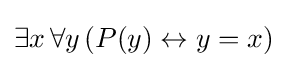
\exists x\,\forall y\,(P(y)\leftrightarrow y=x)